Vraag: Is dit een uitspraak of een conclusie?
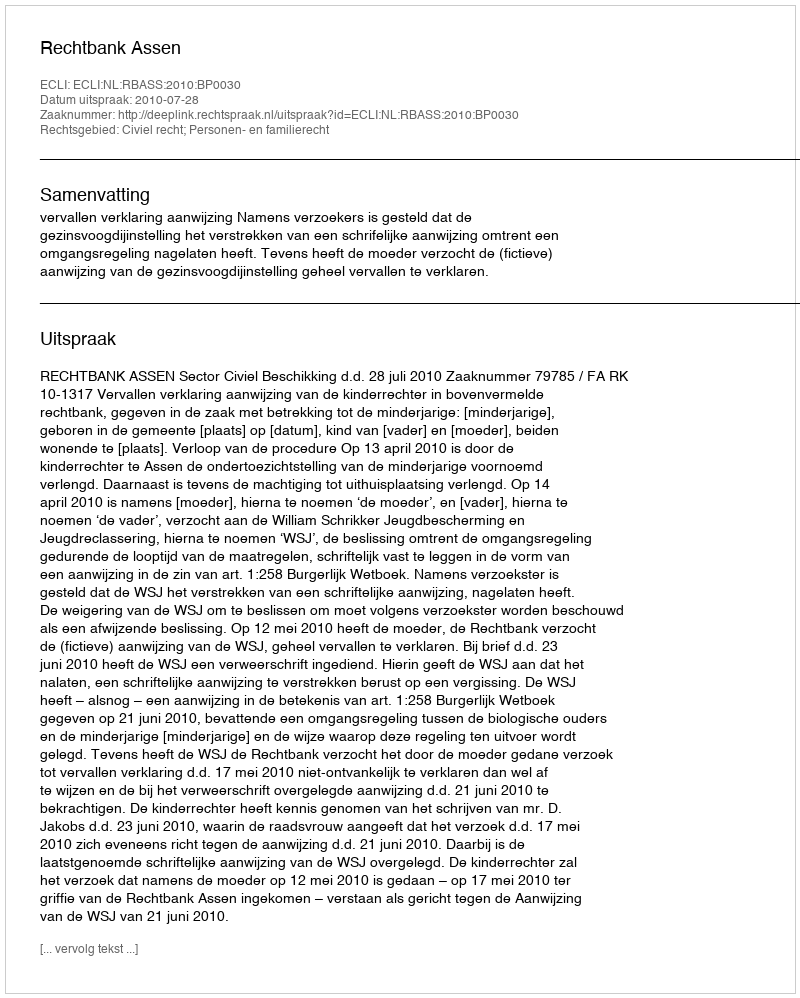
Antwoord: Uitspraak